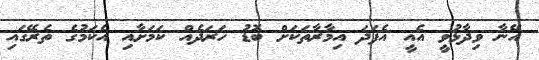
އޭނާ ވިދާޅުވީ އެއީ އެފަދަ އިމާރާތަކަށް ބޮޑު ހަރަދެއް ކަމަށާއި އެކަމުގެ ތެރޭގައި